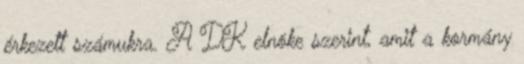
érkezett számukra. A DK elnöke szerint, amit a kormány